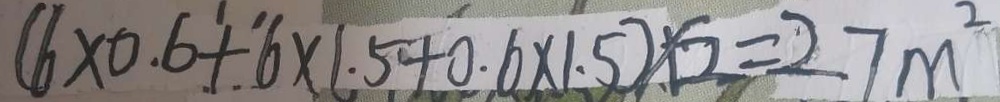
( 6 \times 0 . 6 + 6 \times 1 . 5 + 0 . 6 \times 1 . 5 ) \times 2 = 2 7 m ^ { 2 }